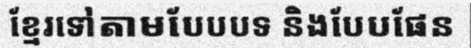
ខ្មែរទៅតាមបែបបទ និងបែបផែន